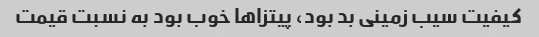
کیفیت سیب زمینی بد بود، پیتزاها خوب بود به نسبت قیمت